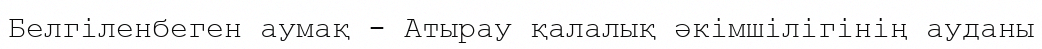
Белгіленбеген аумақ - Атырау қалалық әкiмшiлiгінің ауданы